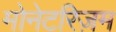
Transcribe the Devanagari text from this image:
मोनेटरिज़म